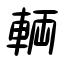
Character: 輌